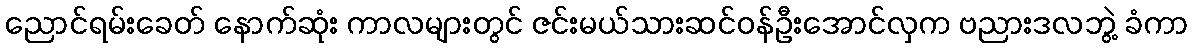
ညောင်ရမ်းခေတ် နောက်ဆုံး ကာလများတွင် ဇင်းမယ်သားဆင်ဝန်ဦးအောင်လှက ဗညားဒလဘွဲ့ ခံကာ